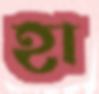
হা